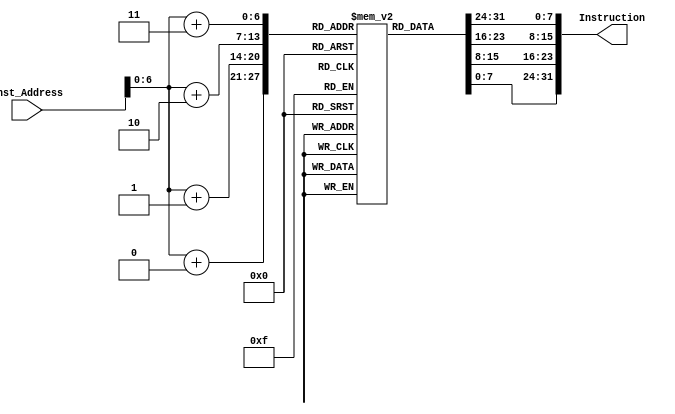
`timescale 1ns / 1ps

module Instruction_Memory
(
input [63:0] Inst_Address,
output reg [31:0] Instruction
);
reg [7:0] inst_mem [87:0];
initial
begin
////ld x9, 40(x10)
//inst_mem[0] = 8'b10000011;
//inst_mem[1] = 8'b00110100;
//inst_mem[2] = 8'b10000101;
//inst_mem[3] = 8'b00000010;

//add x9, x21, x9
inst_mem[4] = 8'b10110011;
inst_mem[5] = 8'b10000100;
inst_mem[6] = 8'b10011010;
inst_mem[7] = 8'b00000000;

//addi x9, x9, 1
inst_mem[8] = 8'b10010011;
inst_mem[9] = 8'b10000100;
inst_mem[10] = 8'b00010100;
inst_mem[11] = 8'b00000000;

////sd x9, 40(x10)
//inst_mem[12] = 8'b00100011;
//inst_mem[13] = 8'b00110100;
//inst_mem[14] = 8'b10010101;
//inst_mem[15] = 8'b00000010;
end
always @(Inst_Address)
begin
Instruction[7:0] = inst_mem[Inst_Address+0];
      Instruction[15:8] = inst_mem[Inst_Address+1];
      Instruction[23:16] = inst_mem[Inst_Address+2];
      Instruction[31:24] = inst_mem[Inst_Address+3];
end
endmodule